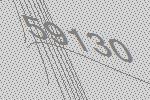
59130